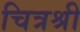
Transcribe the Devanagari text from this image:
चित्रश्री